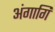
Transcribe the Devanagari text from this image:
अंगागि